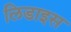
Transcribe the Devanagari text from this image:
लिडाइस